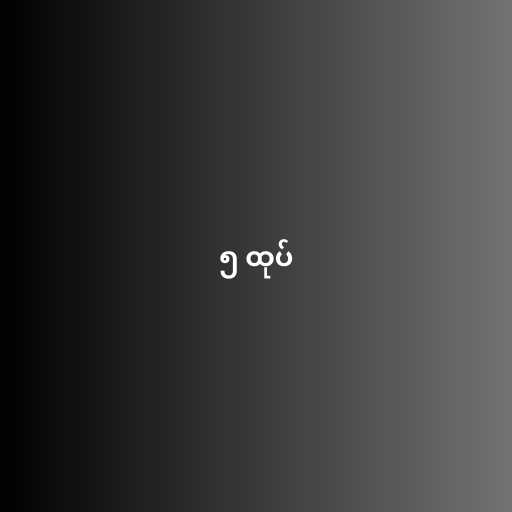
၅ ထုပ်